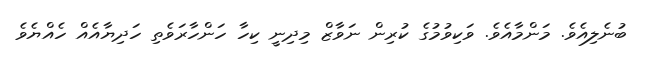
ބުނެލިއެވެ. މަންމާއެވެ. ވަކިވުމުގެ ކުރިން ނަވާޒް މިދިނީ ކިހާ ހަންހާރަވެތި ހަދިޔާއެއް ހެއްޔެވެ